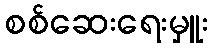
စစ်ဆေးရေးမှူး